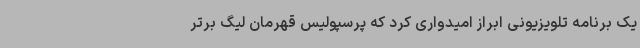
یک برنامه تلویزیونی ابراز امیدواری کرد که پرسپولیس قهرمان لیگ برتر